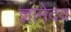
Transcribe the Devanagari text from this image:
ज्ञानेदव